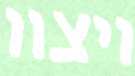
ויצוו